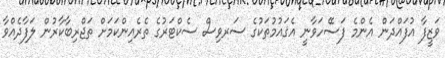
ވަޒީފާ އުފައްދަން އެންމެ ފަސޭހަވާނީ އެޤައުމުތަކުގެ ސަރވިސް ސެކްޓަރުގެ ތެރެއިންކަމަށް ތަޖްރިބާކާރުން ލަފާދެއްވާ